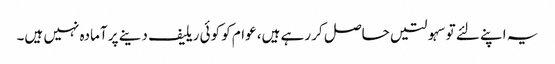
یہ اپنے لئے توسہولتیں حاصل کر رہے ہیں، عوام کو کوئی ریلیف دینے پر آمادہ نہیں ہیں۔